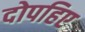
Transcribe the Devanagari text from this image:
दोपहिए